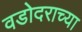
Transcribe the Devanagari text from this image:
वडोदराच्या